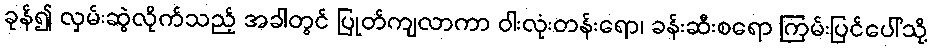
ခုန်၍ လှမ်းဆွဲလိုက်သည့် အခါတွင် ပြုတ်ကျလာကာ ဝါးလုံးတန်းရော၊ ခန်းဆီးစရော ကြမ်းပြင်ပေါ်သို့